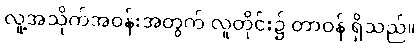
လူ့အသိုက်အဝန်းအတွက် လူတိုင်း၌ တာဝန် ရှိသည်။